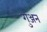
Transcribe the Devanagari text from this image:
गुञ्जन